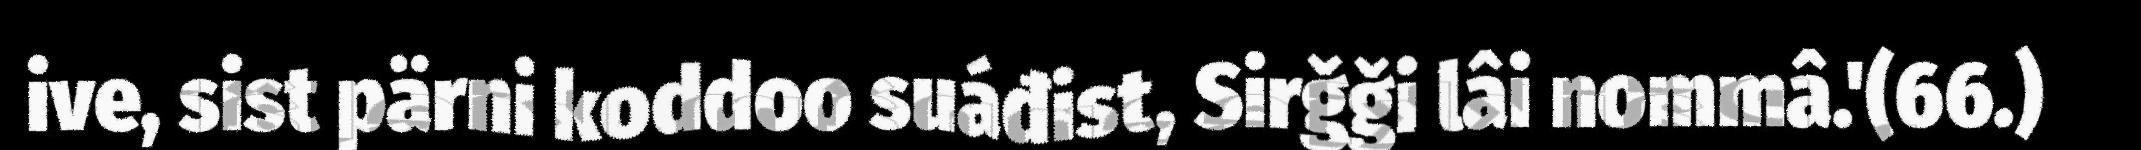
ive, sist pärni koddoo suáđist, Sirǧǧi lâi nommâ.'(66.)